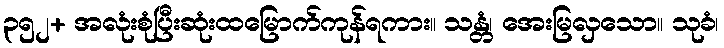
၃၅၂+ အလုံးစုံပြီးဆုံးထမြောက်ကုန်ရကား။ သန္တံ၊ အေးမြလှသော။ သုခံ၊